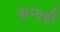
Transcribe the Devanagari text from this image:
आयवी